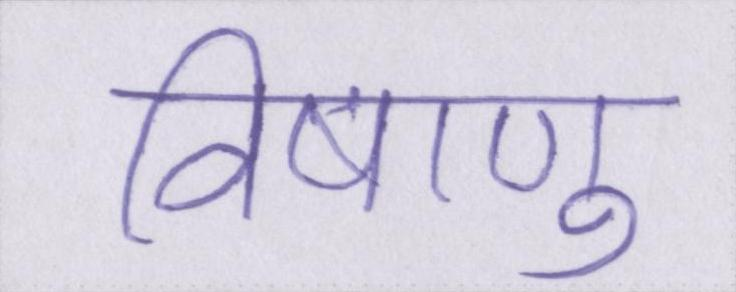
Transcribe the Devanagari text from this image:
विषाणु